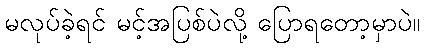
မလုပ်ခဲ့ရင် မင့်အပြစ်ပဲလို့ ပြောရတော့မှာပဲ။